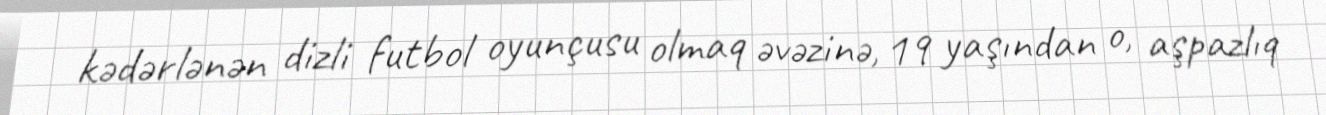
kədərlənən dizli futbol oyunçusu olmaq əvəzinə, 19 yaşından o, aşpazlıq